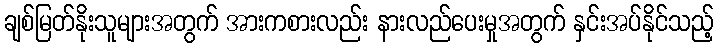
ချစ်မြတ်နိုးသူများအတွက် အားကစားလည်း နားလည်ပေးမှုအတွက် နှင်းအပ်နိုင်သည့်